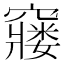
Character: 𮄙